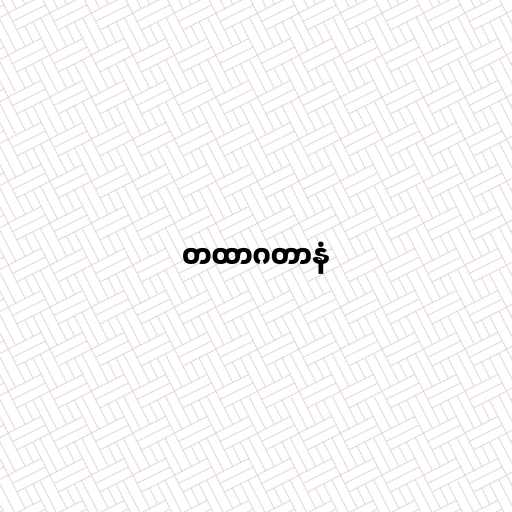
တထာဂတာနံ